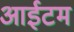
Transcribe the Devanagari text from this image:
आईटम